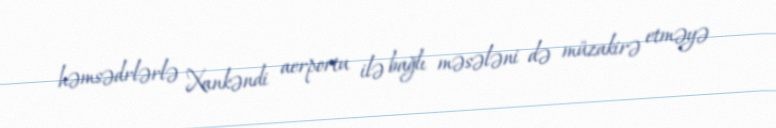
həmsədrlərlə Xankəndi aerportu ilə bağlı məsələni də müzakirə etməyə